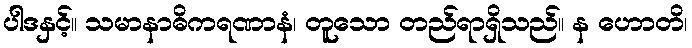
ပါဒနှင့်။ သမာနာဓိကရဏာနံ၊ တူသော တည်ရာရှိသည်။ န ဟောတိ၊